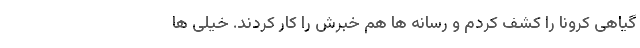
گیاهی کرونا را کشف کردم و رسانه ها هم خبرش را کار کردند. خیلی ها